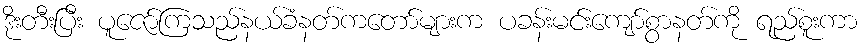
ဒိုးတီးပြီး ပူဇော်ကြသည်နယ်ခံနတ်ကတော်များက ပခန်းမင်းကျော်စွာနတ်ကို ရည်စူးကာ